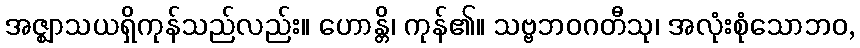
အဇ္ဈာသယရှိကုန်သည်လည်း။ ဟောန္တိ၊ ကုန်၏။ သဗ္ဗဘဝဂတီသု၊ အလုံးစုံသောဘဝ,